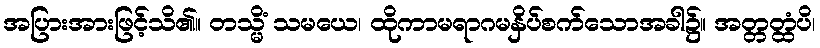
အပြားအားဖြင့်သိ၏။ တသ္မိံ သမယေ၊ ထိုကာမရာဂမနှိပ်စက်သောအခါ၌။ အတ္တတ္ထံပိ၊